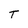
Character: T